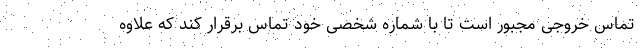
تماس خروجی مجبور است تا با شماره شخصی خود تماس برقرار کند که علاوه